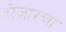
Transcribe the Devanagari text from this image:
शेजारचा